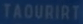
TAOURIRT